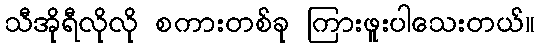
သီအိုရီလိုလို စကားတစ်ခု ကြားဖူးပါသေးတယ်။